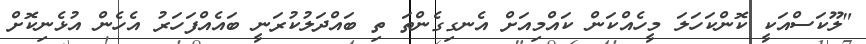
"ލޫކަސްއަކީ ކޮންކަހަލަ މީހެއްކަން ކައްމިއަށް އެނގިގެންތަ ތި ބައްދަލުކުރަނީ ބައެއްފަހަރު އެހެން އުޅެނިކޮށް